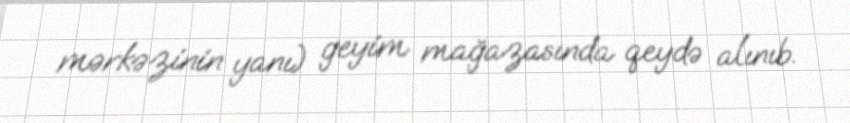
mərkəzinin yanı) geyim mağazasında qeydə alınıb.